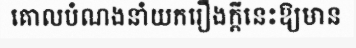
គោលបំណងនាំយករឿងក្តីនេះឱ្យមាន